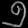
Digit: ၅